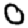
Digit: 0